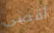
أقضى